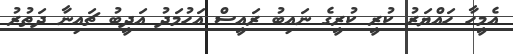
އެމީހާ ހައްޔަރު ކުރީ ކުރީގެ ނައިބު ރައީސް އަހުމަދު އަދީބު ޗައިނާ ދަތުރު